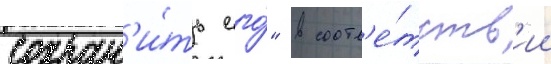
сохран'и́ть его́" в соотв'е́тств'ии